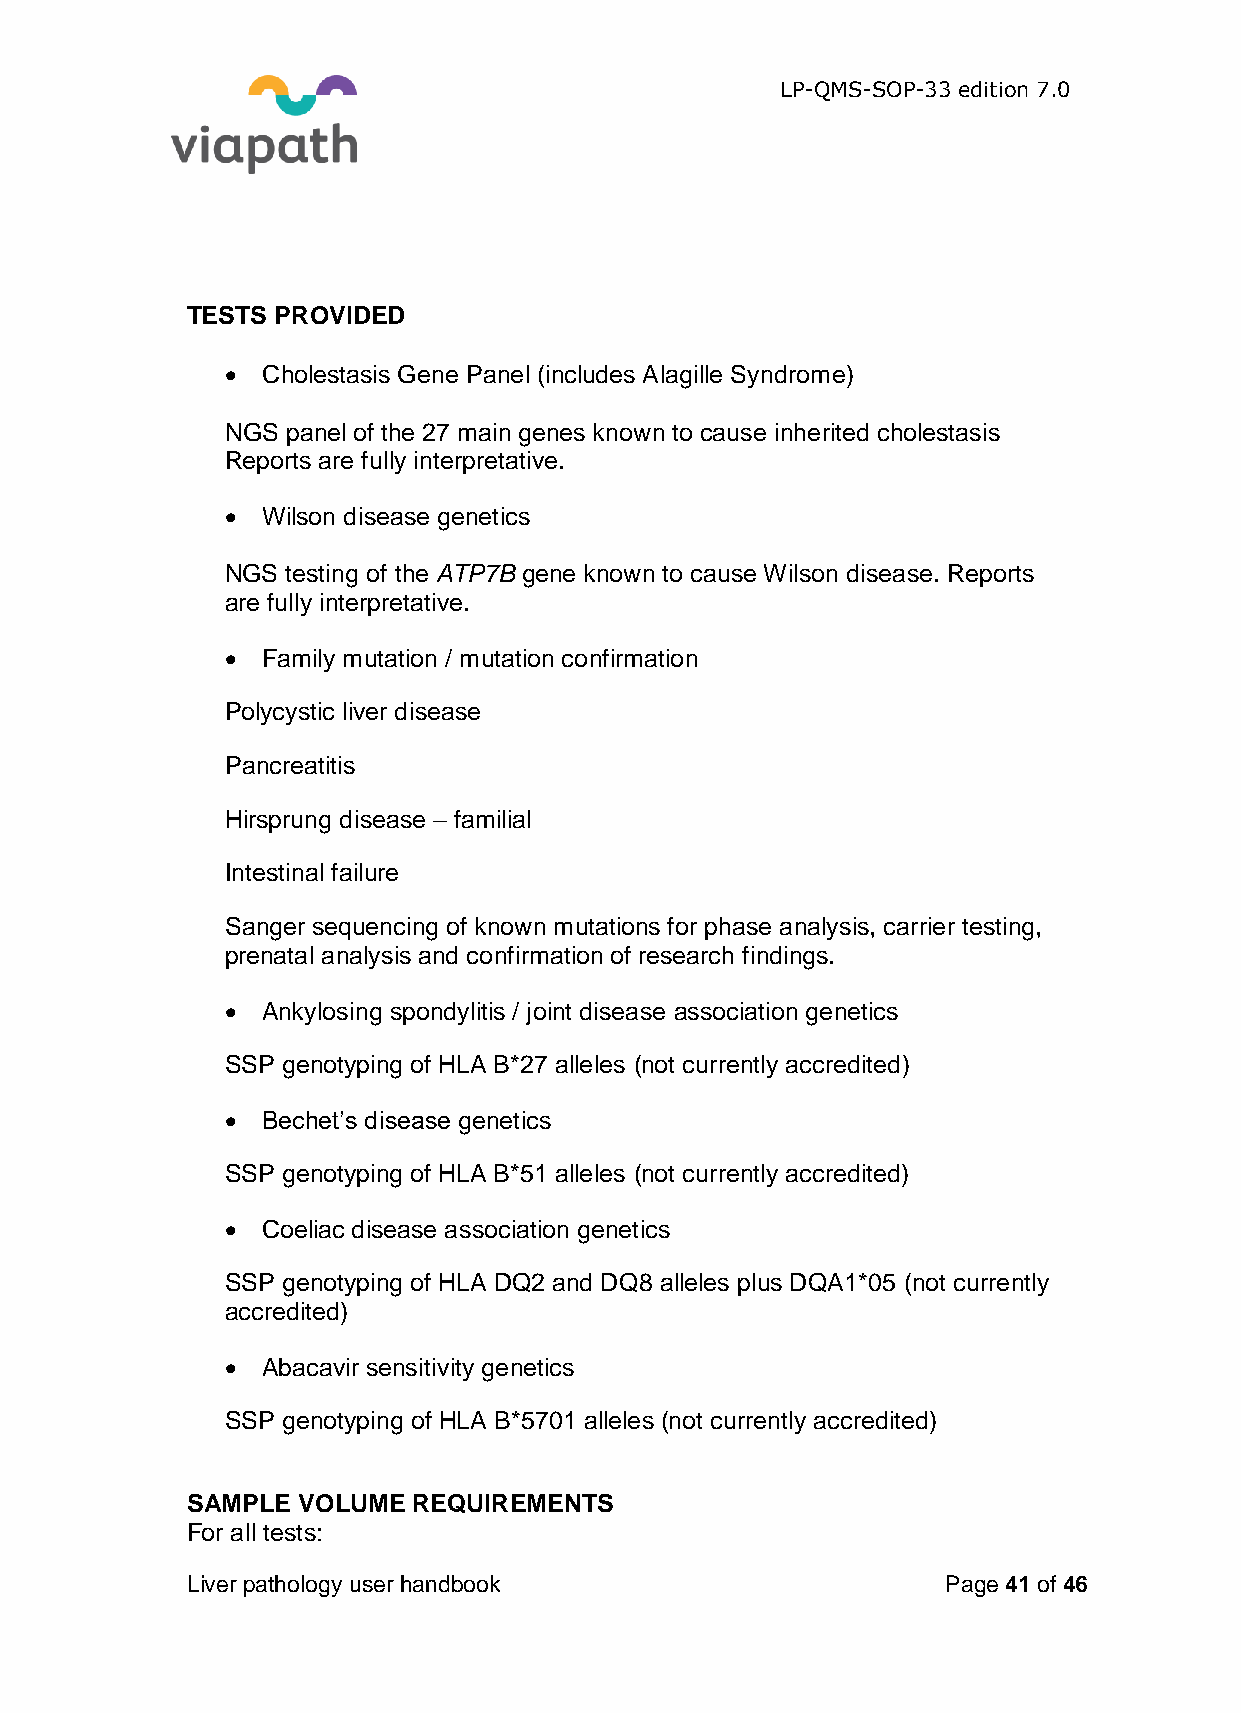
LP-QMS-SOP-33 edition 7.0
 TESTS PROVIDED
  Cholestasis Gene Panel (includes Alagille Syndrome)
 NGS panel of the 27 main genes known to cause inherited cholestasis
 Reports are fully interpretative.
  Wilson disease genetics
 NGS testing of the ATP7B gene known to cause Wilson disease. Reports
 are fully interpretative.
  Family mutation / mutation confirmation
 Polycystic liver disease
 Pancreatitis
 Hirsprung disease – familial
 Intestinal failure
 Sanger sequencing of known mutations for phase analysis, carrier testing,
 prenatal analysis and confirmation of research findings.
  Ankylosing spondylitis / joint disease association genetics
 SSP genotyping of HLA B*27 alleles (not currently accredited)
  Bechet’s disease genetics
 SSP genotyping of HLA B*51 alleles (not currently accredited)
  Coeliac disease association genetics
 SSP genotyping of HLA DQ2 and DQ8 alleles plus DQA1*05 (not currently
 accredited)
  Abacavir sensitivity genetics
 SSP genotyping of HLA B*5701 alleles (not currently accredited)
 SAMPLE  VOLUME REQUIREMENTS
 For all tests:
 Liver pathology user handbook                      Page 41 of 46